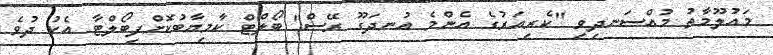
މައުލޫމާތު މުއްސަނދިވި "ކެރިއަރުގެ އެންމެ އުނދަގޫ ރޭސް" ބޯލްޓް ކާމިޔާބުކޮށްފިބޯލްޓާ އެކު ދުވެ